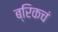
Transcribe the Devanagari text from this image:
ब्रिकचं